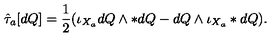
\hat { \tau } _ { a } [ d Q ] = \frac { 1 } { 2 } ( \iota _ { X _ { a } } d Q \wedge * d Q - d Q \wedge \iota _ { X _ { a } } * d Q ) .